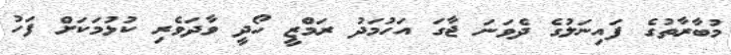
މުބާރާތުގެ ފައިނަލުގެ ދެވަނަ ޖާގަ އަހުމަދު ރަމްޒީ ހޯދީ ވާދަވެރި ކުޅުމަކަށް ފަހު